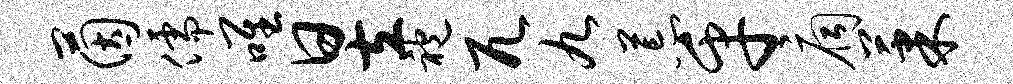
茵儒唯昱袍兀九荒乎扃果